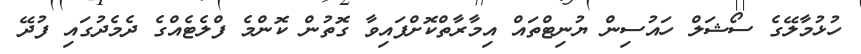
ހުޅުމާލޭގެ ސޯޝަލް ހައުސިން ޔުނިޓްތައް އިމާރާތްކޮށްފައިވާ ގޮތުން ކޮންމެ ފްލެޓެއްގެ ދެމެދުގައި ފުދޭ